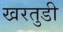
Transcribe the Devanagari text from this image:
खरतुडी